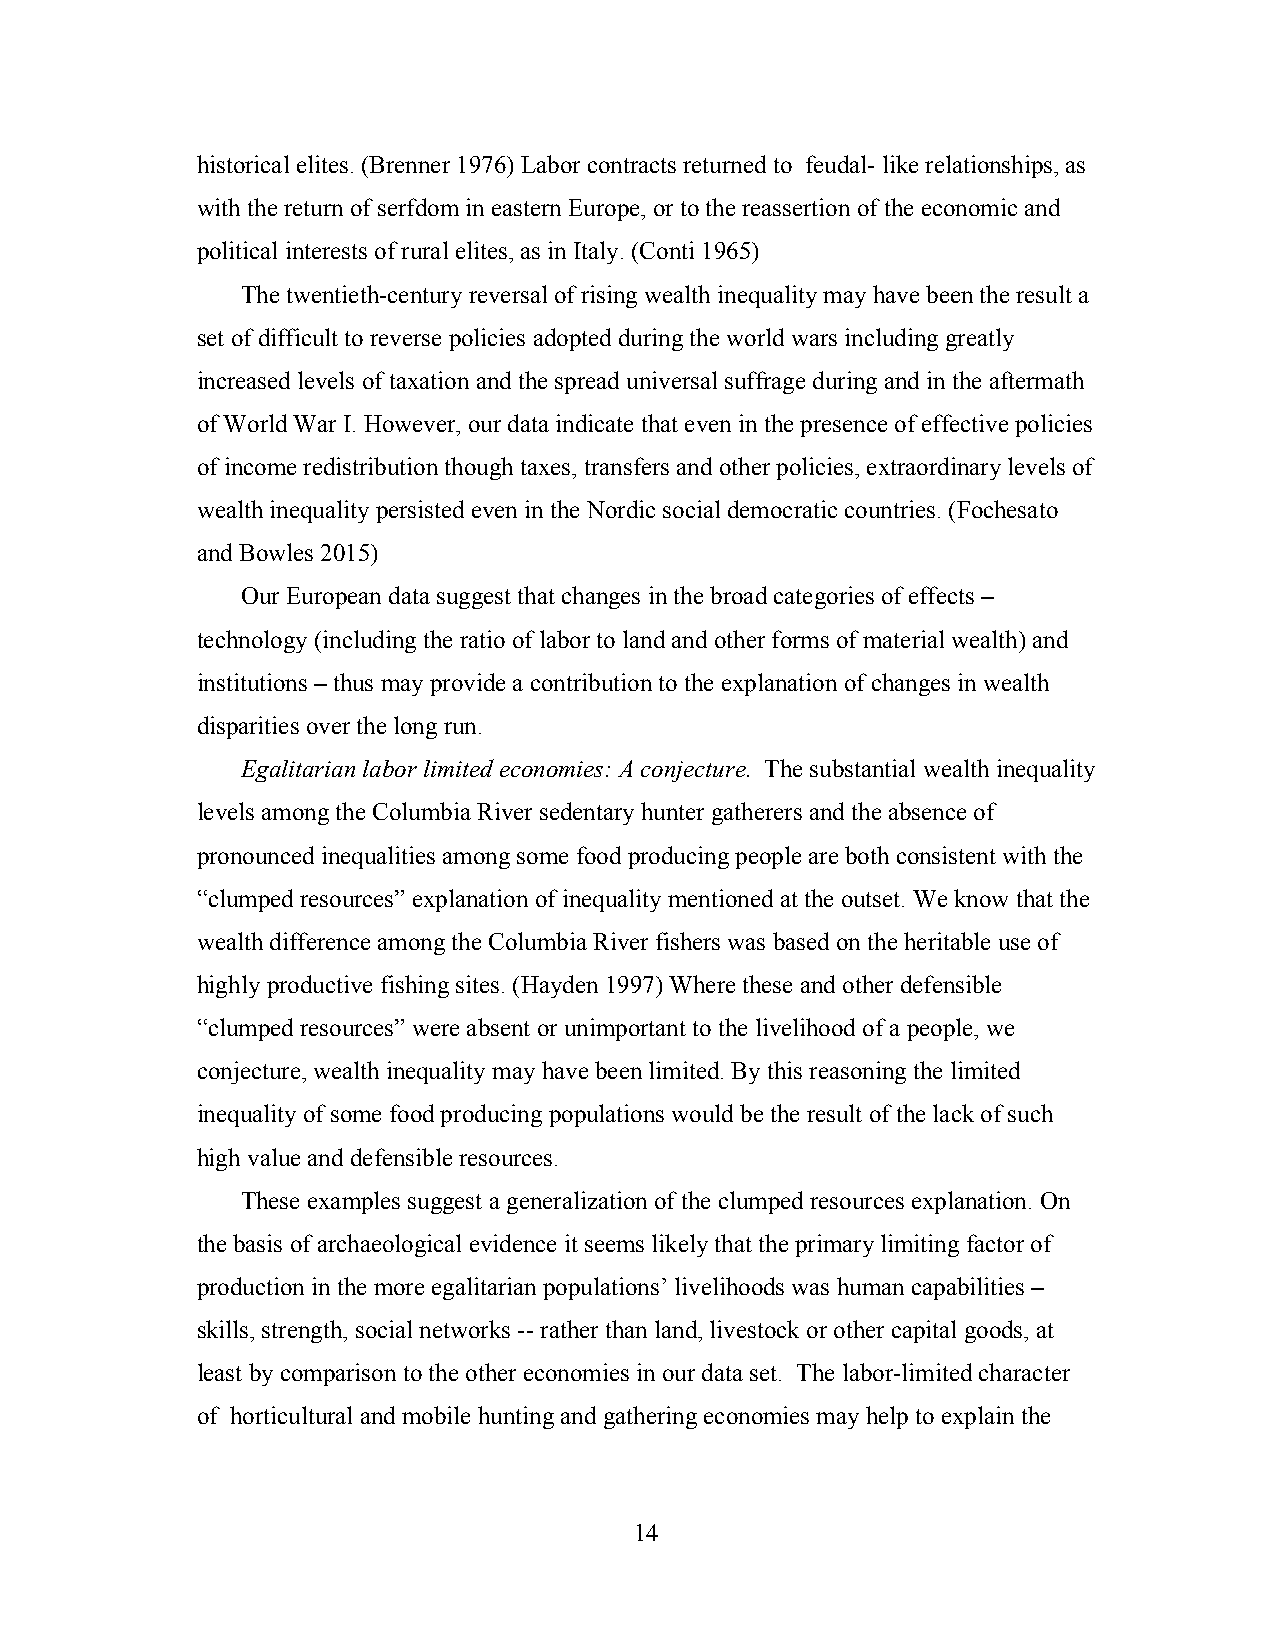
historical elites. (Brenner 1976) Labor contracts returned to feudal- like relationships, as
 with the return of serfdom in eastern Europe, or to the reassertion of the economic and
 political interests of rural elites, as in Italy. (Conti 1965)
 The twentieth-century reversal of rising wealth inequality may have been the result a
 set of difficult to reverse policies adopted during the world wars including greatly
 increased levels of taxation and the spread universal suffrage during and in the aftermath
 of World War I. However, our data indicate that even in the presence of effective policies
 of income redistribution though taxes, transfers and other policies, extraordinary levels of
 wealth inequality persisted even in the Nordic social democratic countries. (Fochesato
 and Bowles 2015)
 Our European data suggest that changes in the broad categories of effects –
 technology (including the ratio of labor to land and other forms of material wealth) and
 institutions – thus may provide a contribution to the explanation of changes in wealth
 disparities over the long run.
 Egalitarian labor limited economies: A conjecture. The substantial wealth inequality
 levels among the Columbia River sedentary hunter gatherers and the absence of
 pronounced inequalities among some food producing people are both consistent with the
 “clumped resources” explanation of inequality mentioned at the outset. We know that the
 wealth difference among the Columbia River fishers was based on the heritable use of
 highly productive fishing sites. (Hayden 1997) Where these and other defensible
 “clumped resources” were absent or unimportant to the livelihood of a people, we
 conjecture, wealth inequality may have been limited. By this reasoning the limited
 inequality of some food producing populations would be the result of the lack of such
 high value and defensible resources.
 These examples suggest a generalization of the clumped resources explanation. On
 the basis of archaeological evidence it seems likely that the primary limiting factor of
 production in the more egalitarian populations’ livelihoods was human capabilities –
 skills, strength, social networks -- rather than land, livestock or other capital goods, at
 least by comparison to the other economies in our data set. The labor-limited character
 of horticultural and mobile hunting and gathering economies may help to explain the
 14